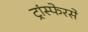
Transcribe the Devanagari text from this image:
ट्रांस्फेरसे